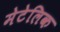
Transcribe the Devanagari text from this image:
मेटेलिक